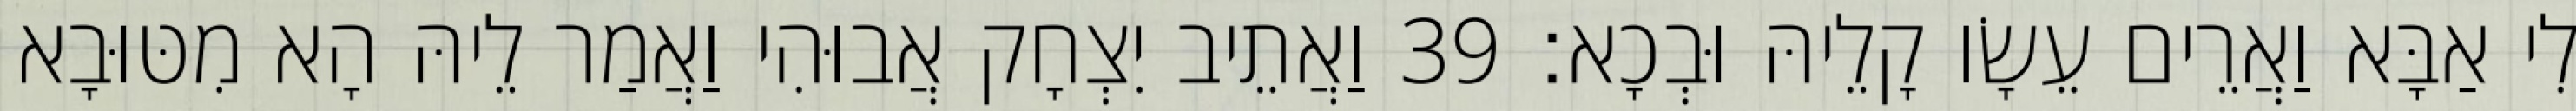
לִי אַבָּא וַאֲרֵים עֵשָׂו קָלֵיהּ וּבְכָא׃ 39 וַאֲתֵיב יִצְחָק אֲבוּהִי וַאֲמַר לֵיהּ הָא מִטּוּבָא